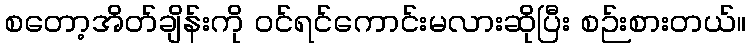
စတော့အိတ်ချိန်းကို ဝင်ရင်ကောင်းမလားဆိုပြီး စဉ်းစားတယ်။